Indian journal of veterinary science and animal husbandry - Volumes 24-25, 1954-1955
Year: 1954
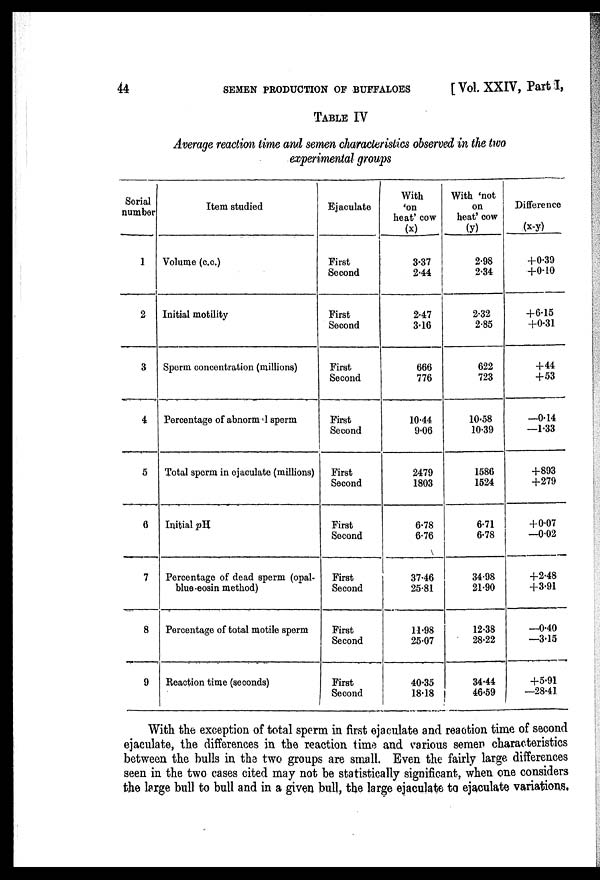
44
SEMEN PRODUCTION OF BUFFALOES
[ Vol. XXIV, Part I,
TABLE IV
Average reaction time and semen characteristics observed in the two
experimental groups
Serial
number
1
2
3
4
5
6
7
8
9
Item studied
Volume (c.c.)
Initial motility
Sperm concentration (millions)
Percentage of abnormal sperm
Total sperm in ejaculate (millions)
Initial pH
Percentage of dead sperm (opal-
blue-eosin method)
Percentage of total motile sperm
Beaction time (seconds)
Ejaculate
First
Second
First
Second
First
Second
First
Second
First
Second
First
Second
First
Second
First
Second
First
Second
With
on
heat' cow
(x)
3.37
2.44
2.47
3.16
666
776
10.44
9.06
2479
1803
6.78
6.76
37.46
25.81
11.98
25.07
40.35
18.18
With 'not
on
heat' cow
(y)
2.98
2.34
2.32
2.85
622
723
10.58
10.39
1586
1524
6.71
6.78
34.98
21.90
12.38
28.22
34.44
46.59
Difference
(x-y)
+0.39
+0.10
+6.15
+0.31
+44
+53
—0.14
—1.33
+893
+279
+0.07
—0.02
+2.48
+3.91
—0.40
—3.15
+5.91
—28.41
With the exception of total sperm in first ejaculate and reaction time of second
ejaculate, the differences in the reaction time and various semen characteristics
between the bulls in the two groups are small. Even the fairly large differences
seen in the two cases cited may not be statistically significant, when one considers
the large bull to bull and in a given bull, the large ejaculate to ejaculate variations.